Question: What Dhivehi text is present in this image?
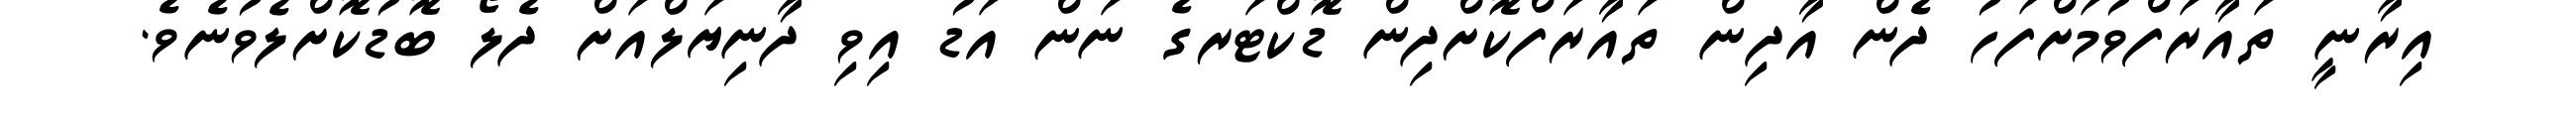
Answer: އިރާނީ ތައާރަފްވުމަށްފަހު ދެން އާދިން ތައާރަފްކޮށްދިން ޑޮކްޓަރގެ ނަން އަޑު އިވި ދާނިޔަލްއަށް ދެލޯ ބޮޑުކޮށްލެވުނެވެ.